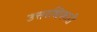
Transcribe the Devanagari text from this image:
उत्तरधिकारी